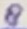
Text: 8